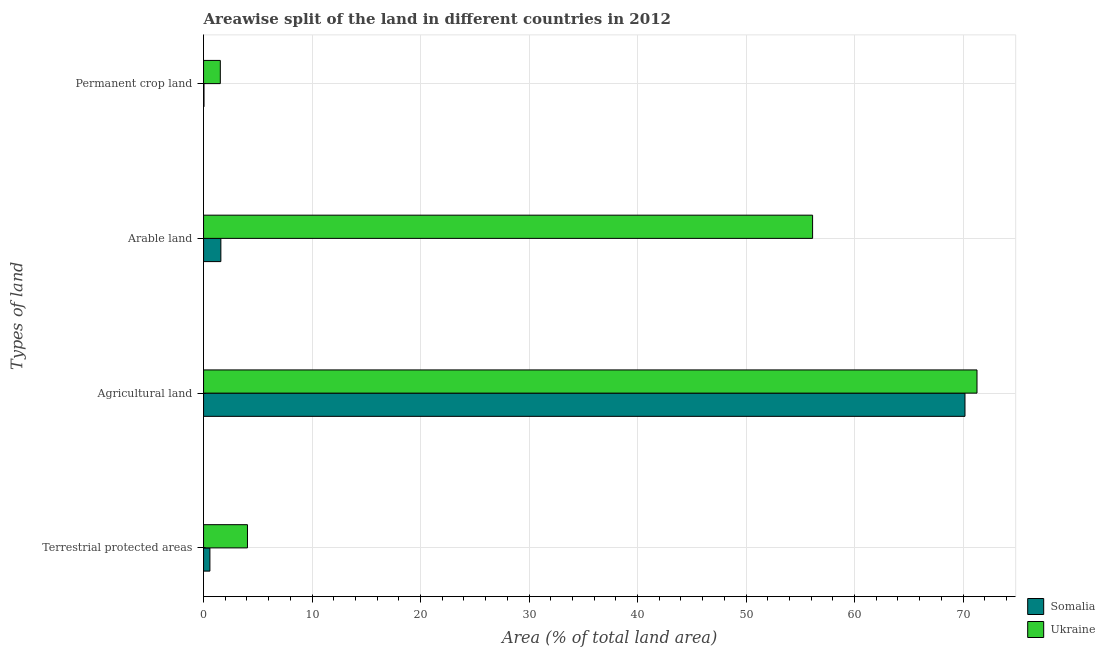
| Types of land | Somalia | Ukraine |
 | --- | --- | --- |
 | Terrestrial protected areas | 0.584 | 4.05 |
 | Agricultural land | 70.2 | 71.3 |
 | Arable land | 1.59 | 56.1 |
 | Permanent crop land | 0.0399 | 1.54 |